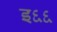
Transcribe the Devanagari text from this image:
इ६६